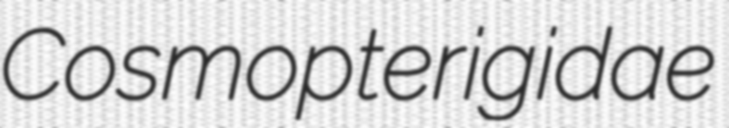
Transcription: Cosmopterigidae